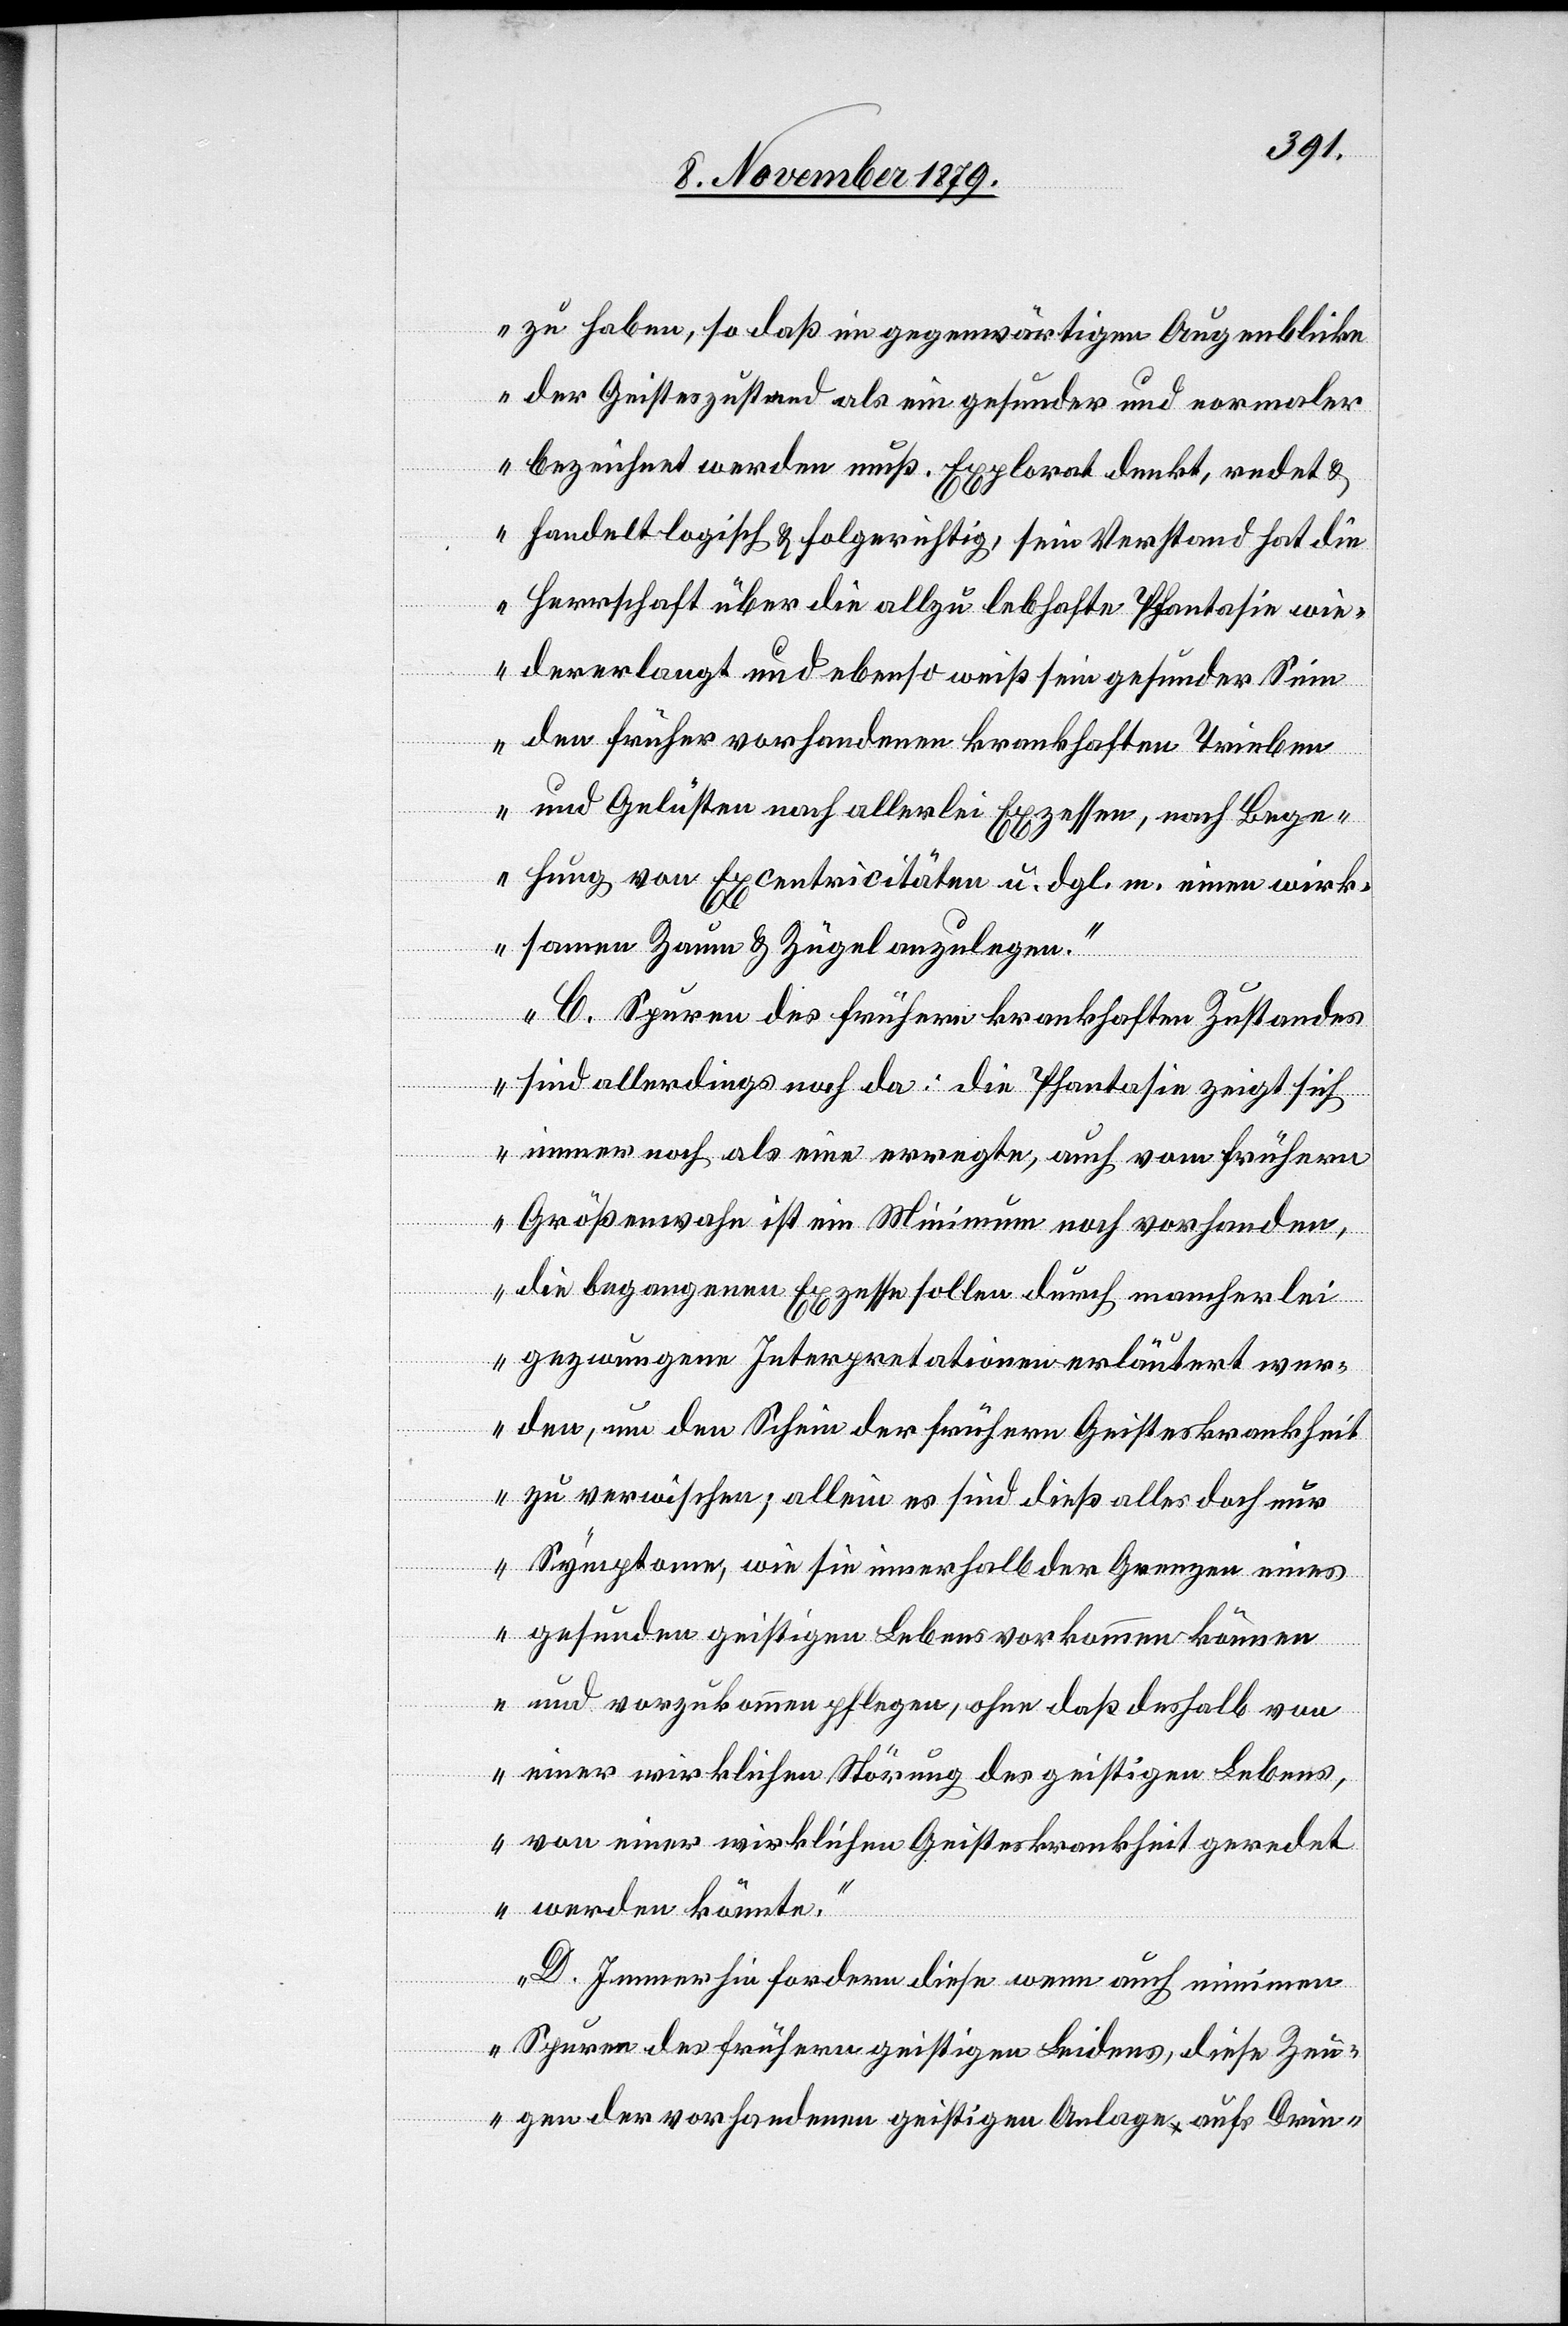
zu haben, so daß im gegenwärtigen Augenblicke
der Geisteszustand als ein gesunder und normaler
bezeichnet werden muß. Explorat denkt, redet &
handelt logisch & folgerichtig, sein Verstand hat die
Herrschaft über die allzu lebhafte Phantasie wie¬
dererlangt und ebenso weiß sein gesunder Sinn
den früher vorhandenen krankhaften Trieben
und Gelüsten nach allerlei Exzessen, nach Bege¬
hung von Excentricitäten u. dgl. m. einen wirk¬
samen Zaum & Zügel anzulegen.
C. Spuren des frühern krankhaften Zustandes
sind allerdings noch da: die Phantasie zeigt sich
immer noch als eine erregte, auch vom frühern
Größenwahn ist ein Minimum noch vorhanden,
die begangenen Exzesse sollen durch mancherlei
gezwungene Interpretationen erläutert wer¬
den, um den Schein der frühern Geisteskrankheit
zu verwischen; allein es sind dieß alles doch nur
Symptome, wie sie innerhalb der Grenzen eines
gesunden geistigen Lebens vorkommen können
und vorzukommen pflegen, ohne daß deshalb von
einer wirklichen Störung des geistigen Lebens,
von einer wirklichen Geisteskrankheit geredet
werden könnte.
D. Immerhin fordern diese wenn auch minimen
Spuren des frühern geistigen Leidens, diese Ze¬
ugen der vorhandenen geistigen Anlage aufs Drin-